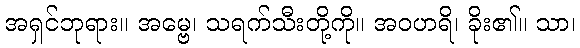
အရှင်ဘုရား။ အမ္ဗေ၊ သရက်သီးတို့ကို။ အဝဟရိ၊ ခိုး၏။ သာ၊